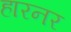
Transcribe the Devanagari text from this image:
हारनर